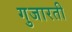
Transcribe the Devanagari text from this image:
गुजारती